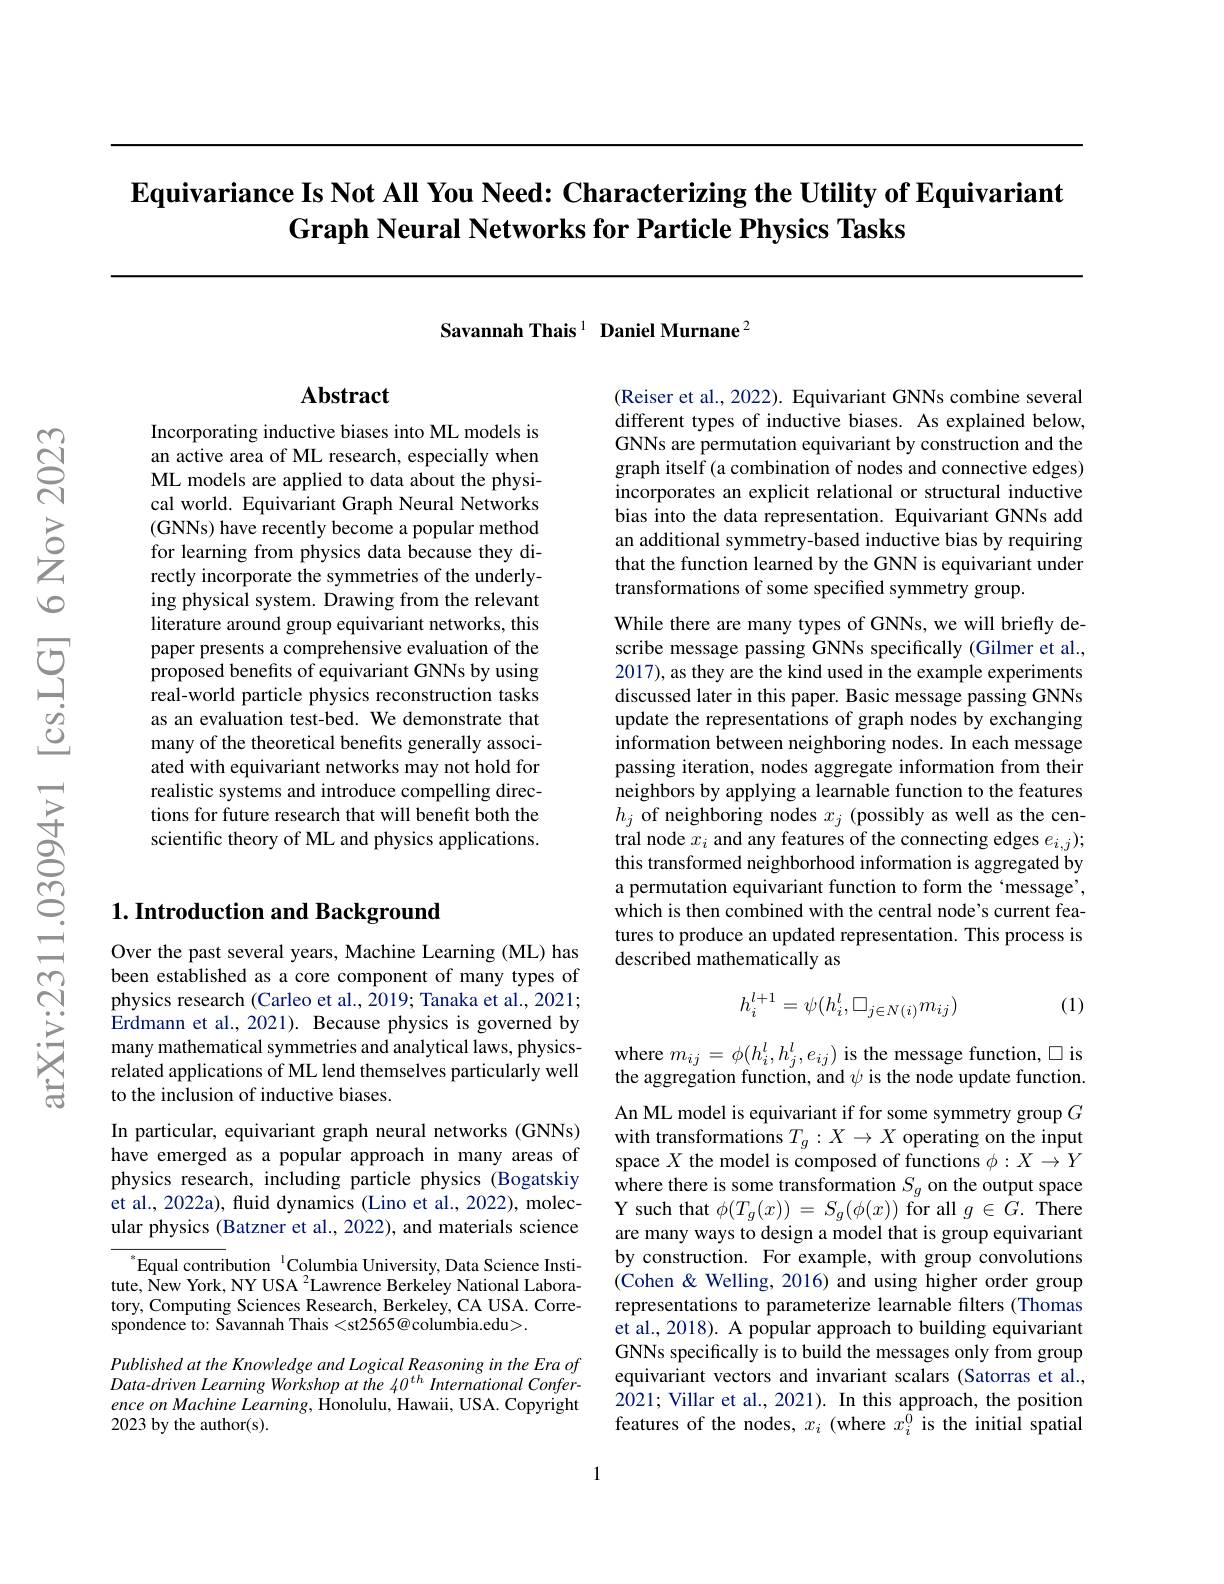
# $\textbf{Equivariance Is Not All You Need: Characterizing the Utility of Equivariant}$ Graph Neural Networks for Particle Physics Tasks

Savannah Thais $^{1}$ Daniel Murnane$^{2}$

## $\mathbf{Abstract}$

Incorporating inductive biases into ML models is an active area of ML research, especially when ML models are applied to data about the physical world. Equivariant Graph Neural Networks (GNNs) have recently become a popular method for learning from physics data because they directly incorporate the symmetries of the underlying physical system. Drawing from the relevant literature around group equivariant networks, this paper presents a comprehensive evaluation of the proposed benefits of equivariant GNNs by using real-world particle physics reconstruction tasks as an evaluation test-bed. We demonstrate that many of the theoretical benefits generally associated with equivariant networks may not hold for realistic systems and introduce compelling directions for future research that will benefit both the scientific theory of ML and physics applications.

# $1. \textbf{ Introduction and Background}$

Over the past several years, Machine Learning (ML) has been established as a core component of many types of physics research (Carleo et al., 2019; Tanaka et al., 2021; Erdmann et al., 2021). Because physics is governed by many mathematical symmetries and analytical laws, physicsrelated applications of ML lend themselves particularly well to the inclusion of inductive biases.

In particular, equivariant graph neural networks (GNNs) have emerged as a popular approach in many areas of physics research, including particle physics (Bogatskiy et al., 2022a), fluid dynamics (Lino et al., 2022), molecular physics (Batzner et al., 2022), and materials science

${^{*}\text{Equal contribution}^{1}\text{Columbia University, Data Science Insti-}}$ tute, New York, NY USA $^{2}$Lawrence Berkeley National Laboratory, Computing Sciences Research, Berkeley, CA USA. Correspondence to: Savannah Thais <st2565@columbia.edu>.

Published at the Knowledge and Logical Reasoning in the Era of Data-driven Learning Workshop at the 40$^{th}$ International Conference on Machine Learning, Honolulu, Hawaii, USA. Copyright 2023 by the author(s).

(Reiser et al., 2022). Equivariant GNNs combine several different types of inductive biases. As explained below, GNNs are permutation equivariant by construction and the graph itself (a combination of nodes and connective edges) incorporates an explicit relational or structural inductive bias into the data representation. Equivariant GNNs add an additional symmetry-based inductive bias by requiring that the function learned by the GNN is equivariant under transformations of some specified symmetry group.
While there are many types of GNNs, we will briefly describe message passing GNNs specifically (Gilmer et al., 2017), as they are the kind used in the example experiments discussed later in this paper. Basic message passing GNNs update the representations of graph nodes by exchanging informationbetweenneighboring nodes. In each message passing iteration, nodes aggregate information from their neighbors by applying a learnable function to the features $h_{j}$ of neighboring nodes $x_j$ (possibly as well as the central node $x_{i}$ and any features of the connecting edges $e_{i, j}) ;$ this transformed neighborhood information is aggregated by a permutation equivariant function to form the‘message’, which is then combined with the central node's current features to produce an updated representation. This process is described mathematically as
$$h_i^{l+1}=\psi(h_i^l,\square_{j\in N(i)}m_{ij})$$
(1)

$\begin{array}{l}\mathrm{where~}m_{ij}=\phi(h_{i}^{l},h_{j}^{l},e_{ij})\text{ is the message function,}\square\mathrm{is}\\\mathrm{the~aggregation~function,~and~\psi~is~the~node~update~function.}\end{array}$ An ML model is equivariant if for some symmetry group $G$ with transformations $T_g:X\to X$ operating on the input space $X$ the model is composed of functions $\phi:X\to Y$ where there is some transformation $S_g$ on the output space Y such that $\phi(T_g(x))=S_g(\phi(x))$ for all $g\in G.$ There are many ways to design a model that is group equivariant by construction. For example, with group convolutions (Cohen & Welling, 2016) and using higher order group representations to parameterize learnable filters (Thomas et al., 2018). A popular approach to building equivariant GNNs specifically is to build the messages only from group equivariant vectors and invariant scalars (Satorras et al., 2021; Villar et al., 2021). In this approach, the position features of the nodes, $x_i$ (where $x_i^0$ is the initial spatial

1